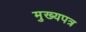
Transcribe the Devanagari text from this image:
मुख्यपत्र